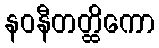
နဝနီတတ္ထိကော